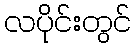
လပိုင်းတွင်